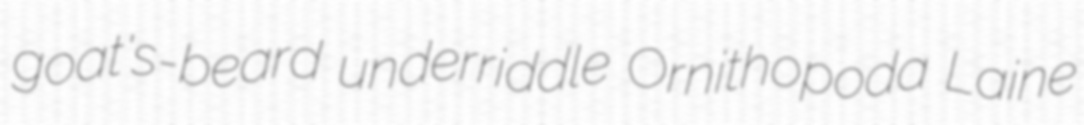
goat's-beard underriddle Ornithopoda Laine